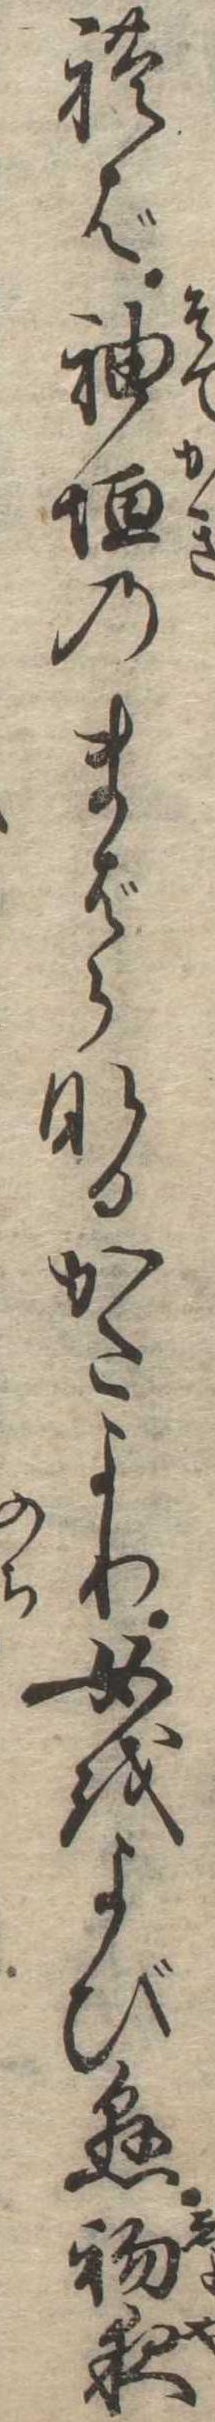
れば袖垣のまばらなるかたより女をよび懸初夜